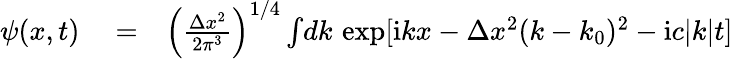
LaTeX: \begin{array}{rlr}{\psi(x,t)}&{{}=}&{\left(\frac{\Delta x^{2}}{2\pi^{3}}\right)^{1/4}\int\! dk\, \exp[\mathrm{i}kx-\Delta x^{2}(k-k_{0})^{2}-\mathrm{i}c|k|t]}\end{array}